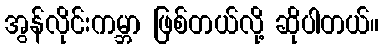
အွန်လိုင်းကမ္ဘာ ဖြစ်တယ်လို့ ဆိုပါတယ်။